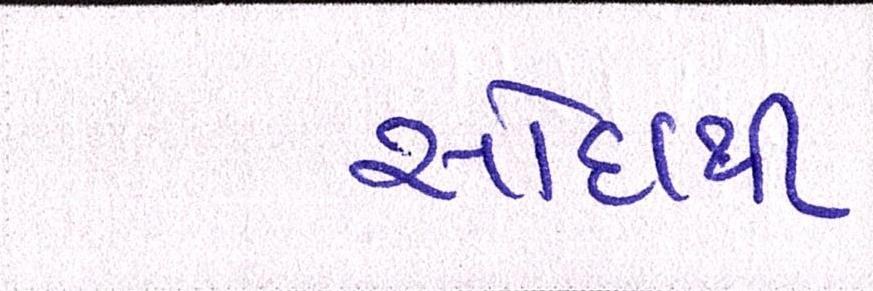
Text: સોદાથી